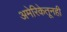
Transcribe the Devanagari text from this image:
अमेरिकेतूनही